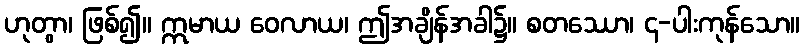
ဟုတွာ၊ ဖြစ်၍။ ဣမာယ ဝေလာယ၊ ဤအချိန်အခါ၌။ စတဿော၊ ၄-ပါးကုန်သော။